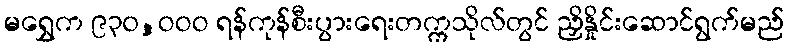
မရွှေက ၉၃၀,ဝဝဝ ရန်ကုန်စီးပွားရေးတက္ကသိုလ်တွင် ညှိနှိုင်းဆောင်ရွက်မည်